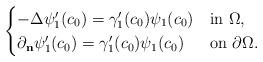
LaTeX: \begin{align*}\begin{cases}-\Delta \psi_1'(c_0) = \gamma_1'(c_0) \psi_1(c_0) & \mbox{in $\Omega$}, \\ \partial_{\mathbf{n}}\psi_1'(c_0) = \gamma_1'(c_0) \psi_1(c_0) & \mbox{on $\partial \Omega$}. \end{cases}\end{align*}